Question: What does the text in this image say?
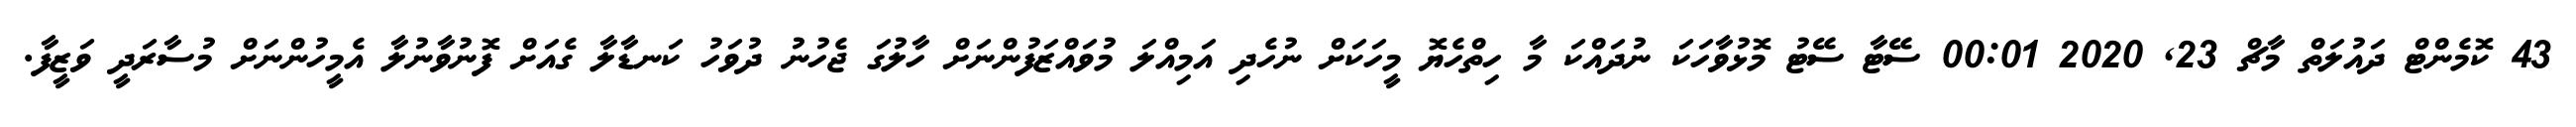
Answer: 43 ކޮމެންޓް ދައުލަތް މާޗް 23, 2020 00:01 ސޭޓާ ސޭޓު މޮޅުވާހަކަ ނުދައްކަ މާ ހިތްހެޔޮ މީހަކަށް ނުހެދި އަމިއްލަ މުވައްޒަފުންނަށް ހާލުގަ ޖެހުނު ދުވަހު ކަނޑާލާ ގެއަށް ފޮނުވާނުލާ އެމީހުންނަށް މުސާރަދީ ވަޒީފާ.